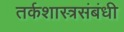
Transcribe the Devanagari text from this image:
तर्कशास्त्रसंबंधी